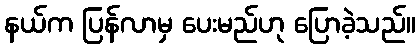
နယ်က ပြန်လာမှ ပေးမည်ဟု ပြောခဲ့သည်။